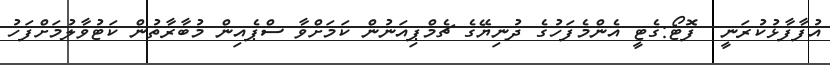
އުފާފާޅުކުރަނީ  ފޮޓޯ:ގެޓީ އެންމެފަހުގެ ދުނިޔޭގެ ޗެމްޕިއަނުން ކަމަށްވާ ސްޕެއިން މުބާރާތުން ކަޓުވާލުމަށްފަހު